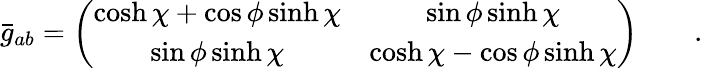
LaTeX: \bar{g}_{ab}=\left(\begin{array}{cc}{{\displaystyle{\cosh\chi+\cos\phi\sinh\chi}}}&{{\displaystyle{\sin\phi\sinh\chi}}}\\ {{\displaystyle{\sin\phi\sinh\chi}}}&{{\displaystyle{\cosh\chi-\cos\phi\sinh\chi}}}\end{array}\right)\qquad.